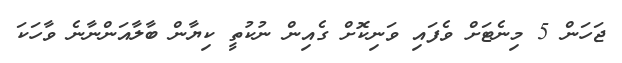
ޖަހަން 5 މިނެޓަށް ވެފައި ވަނިކޮށް ގެއިން ނުކުތީ ކިޔާން ބާލާއަންނާނެ ވާހަކަ